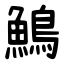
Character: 鷠